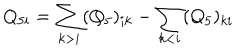
LaTeX: Q _ { 5 i } = \sum _ { k > i } ( Q _ { 5 } ) _ { i k } - \sum _ { k < i } ( Q _ { 5 } ) _ { k i }